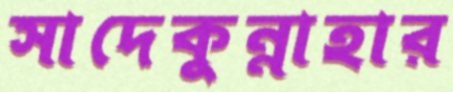
সাদেকুন্নাহার